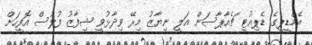
އެމްޑީޕީގެ ޑެޕިއުޓީ ޗެއާޕާސަން އަލީ ނިޔާޒު މިރޭ ވިދާޅުވީ ޝިފާޒު ފުލުސް އޮފީހަށް